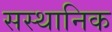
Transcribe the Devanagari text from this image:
सस्थानिक